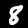
Digit: 8